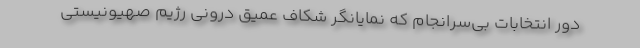
دور انتخابات بی‌سرانجام که نمایانگر شکاف عمیق درونی رژیم صهیونیستی